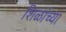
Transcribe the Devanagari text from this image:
शिळांच्या